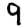
Digit: 9